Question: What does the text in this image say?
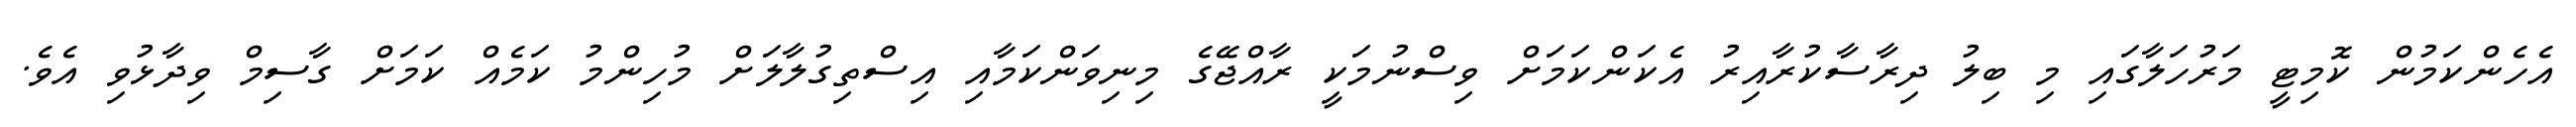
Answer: އެހެންކަމުން ކޮމިޓީ މަރުހަލާގައި މި ބިލު ދިރާސާކުރާއިރު އެކަންކަމަށް ވިސްނުމަކީ ރާއްޖޭގެ މިނިވަންކަމާއި އިސްތިގުލާލަށް މުހިންމު ކަމެއް ކަމަށް ގާސިމް ވިދާޅުވި އެވެ.